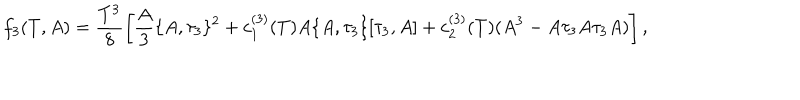
f _ { 3 } ( T , A ) = \frac { T ^ { 3 } } { 8 } \left[ \frac { A } { 3 } \{ A , \tau _ { 3 } \} ^ { 2 } + c _ { 1 } ^ { ( 3 ) } ( T ) A \{ A , \tau _ { 3 } \} [ \tau _ { 3 } , A ] + c _ { 2 } ^ { ( 3 ) } ( T ) ( A ^ { 3 } - A \tau _ { 3 } A \tau _ { 3 } A ) \right] ,